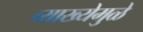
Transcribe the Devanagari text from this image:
व्याख्येमुळे